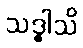
သဒ္ဓါသိ